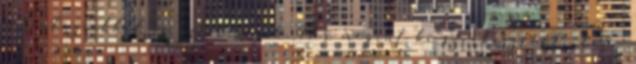
jelenlegiekkel is ezt tesszük. Már megint ki szerkesztette bele